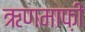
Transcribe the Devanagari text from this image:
ऋणमाफ़ी